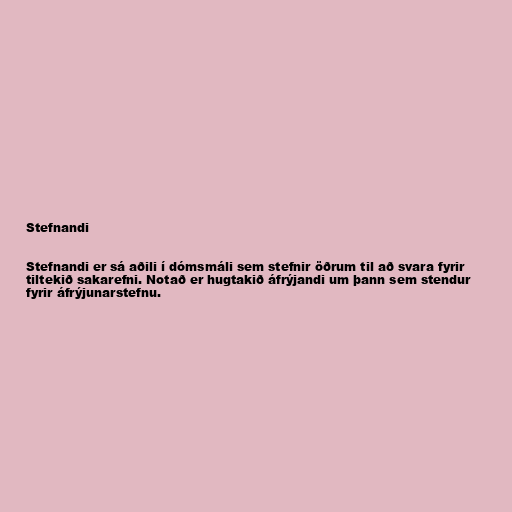
Stefnandi

Stefnandi er sá aðili í dómsmáli sem stefnir öðrum til að svara fyrir
tiltekið sakarefni. Notað er hugtakið áfrýjandi um þann sem stendur
fyrir áfrýjunarstefnu.